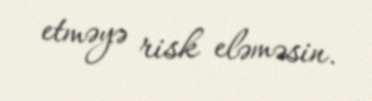
etməyə risk eləməsin.